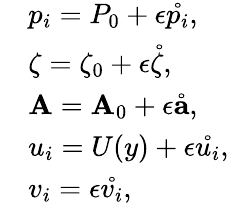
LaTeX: \begin{array}{rl}&{p_{i}=P_{0}+\epsilon\mathring{p_{i}},}\\ &{\zeta=\zeta_{0}+\epsilon\mathring{\zeta},}\\ &{{\mathbf A}={\mathbf A}_{0}+\epsilon\mathring{{\mathbf a}},}\\ &{u_{i}=U(y)+\epsilon\mathring{u_{i}},}\\ &{v_{i}=\epsilon\mathring{v_{i}},}\end{array}